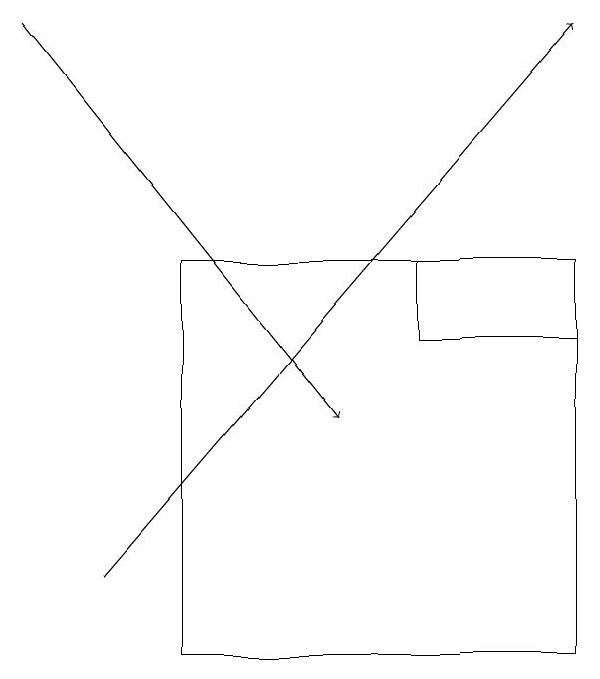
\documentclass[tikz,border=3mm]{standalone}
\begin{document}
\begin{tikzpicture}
\draw (7,16) rectangle (5,15);
\draw (2,11) rectangle (7,16);
\draw[->] (1,12) -- (7,19);
\draw[->] (0,19) -- (4,14);
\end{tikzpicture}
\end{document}